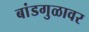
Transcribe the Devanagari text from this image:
बांडगुळावर